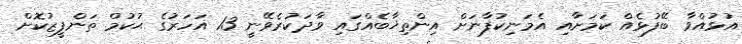
އުޅުއްވާ ބޭފުޅެއް ކަމަށާއި އެމަނިކުފާނަށް އިންތިޚާބެއްގައި ވާދަކުރެވޭނީ 13 އަހަރުގެ ޙުކުމް ތަންފީޒުކޮށް